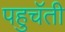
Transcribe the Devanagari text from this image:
पहुचॅती